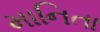
માનિતા